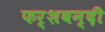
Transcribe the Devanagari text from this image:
फर्शबन्दी